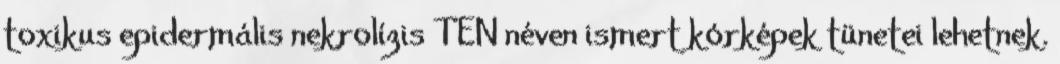
toxikus epidermális nekrolízis TEN néven ismert kórképek tünetei lehetnek.